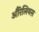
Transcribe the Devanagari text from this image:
औरेलियस